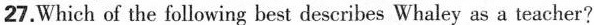
27.Which of the following best describes Whaley as a teacher?